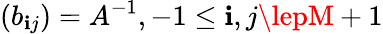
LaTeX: (b_{\mathbf{i}j})={A}^{-1},-1\le\mathbf{i},j\lepM+1